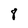
Character: 8